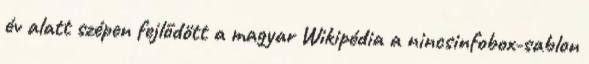
év alatt szépen fejlődött a magyar Wikipédia a nincsinfobox-sablon